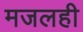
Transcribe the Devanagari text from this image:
मजलही